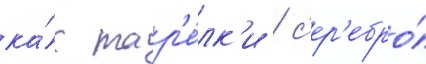
ка́к тар'е́лк'и / с'ер'ебро́